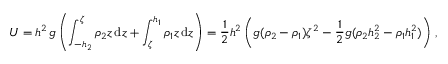
U = h ^ { 2 } \, g \left( \int _ { - h _ { 2 } } ^ { \zeta } \rho _ { 2 } z \, \mathrm { d } z + \int _ { \zeta } ^ { h _ { 1 } } \rho _ { 1 } z \, \mathrm { d } z \right) = \frac 1 2 h ^ { 2 } \left( g ( \rho _ { 2 } - \rho _ { 1 } ) \zeta ^ { 2 } - \frac 1 2 g ( \rho _ { 2 } h _ { 2 } ^ { 2 } - \rho _ { 1 } h _ { 1 } ^ { 2 } ) \right) \, ,